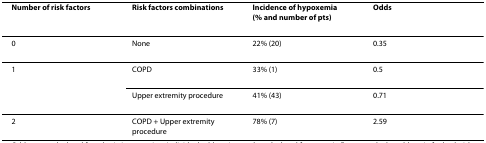
<table><thead><tr><td><b>Number of risk factors</b></td><td><b>Risk factors combinations</b></td><td><b>Incidence of hypoxemia(% and number of pts)</b></td><td><b>Odds</b></td></tr></thead><tbody><tr><td>0</td><td>None</td><td>22% (20)</td><td>0.35</td></tr><tr><td>1</td><td>COPD</td><td>33% (1)</td><td>0.5</td></tr><tr><td></td><td>Upper extremity procedure</td><td>41% (43)</td><td>0.71</td></tr><tr><td>2</td><td>COPD + Upper extremity procedure</td><td>78% (7)</td><td>2.59</td></tr></tbody></table>